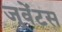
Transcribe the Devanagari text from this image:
जूवेंटस